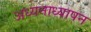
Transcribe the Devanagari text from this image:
अध्यनाध्यापन